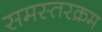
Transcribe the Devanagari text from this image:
समस्तरक्रम